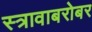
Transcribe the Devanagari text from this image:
स्त्रावाबरोबर